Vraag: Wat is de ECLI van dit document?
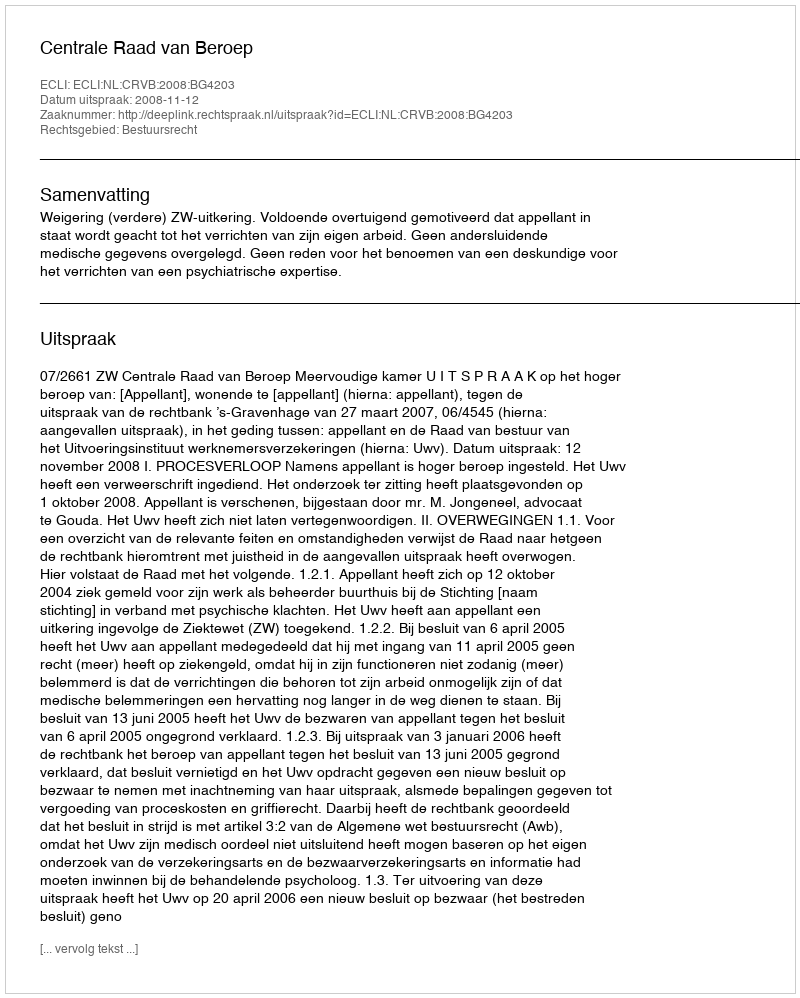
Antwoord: ECLI:NL:CRVB:2008:BG4203